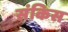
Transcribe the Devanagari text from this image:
संकिस